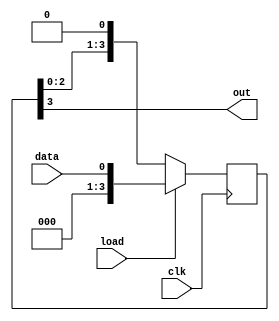
module piso_register(
    input wire clk,
    input wire load,
    input wire data,
    output reg out
);

reg [3:0] regs;

always @(posedge clk) begin
    if (load) begin
        regs <= data;
    end else begin
        regs <= {regs[2:0], 1'b0};
    end
end

assign out = regs[3];

endmodule